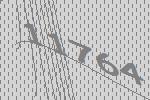
11764